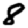
Digit: 8